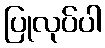
ပြုလုပ်ပါ